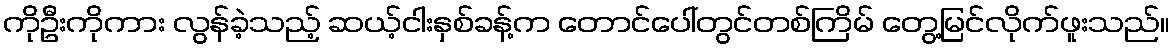
ကိုဦးကိုကား လွန်ခဲ့သည့် ဆယ့်ငါးနှစ်ခန့်က တောင်ပေါ်တွင်တစ်ကြိမ် တွေ့မြင်လိုက်ဖူးသည်။